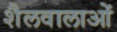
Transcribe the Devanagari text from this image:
शैलवालाओं